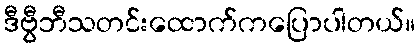
ဒီဗွီဘီသတင်းထောက်ကပြောပါတယ်။